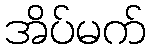
အိပ်မက်